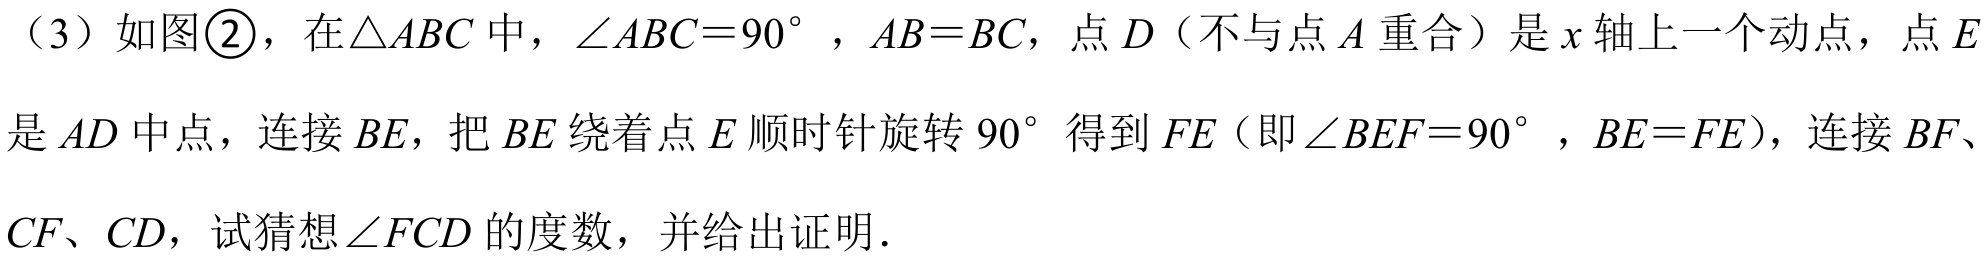
（3）如图\textcircled{2}，在\(\triangle ABC\)中，\(\angle ABC = 90^{\circ}\)，\(AB = BC\)，点\(D\)（不与点\(A\)重合）是\(x\)轴上一个动点，点\(E\)是\(AD\)中点，连接\(BE\)，把\(BE\)绕着点\(E\)顺时针旋转\(90^{\circ}\)得到\(FE\)（即\(\angle BEF = 90^{\circ}\)，\(BE = FE\)），连接\(BF\)、\(CF\)、\(CD\)，试猜想\(\angle FCD\)的度数，并给出证明．